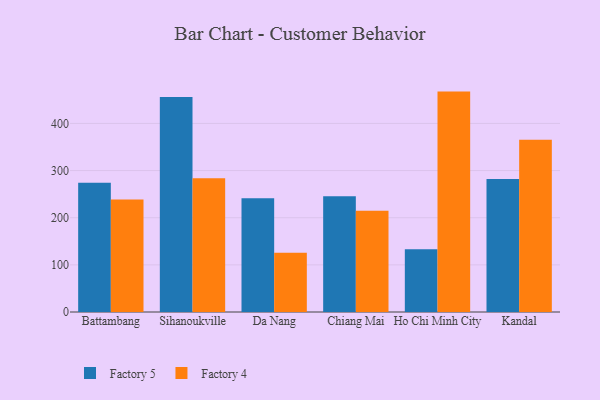
{"axis": {"x": "City", "y": "Production Output"}, "legend": ["Factory 4", "Factory 5"], "data": [{"x": "Battambang", "y": 274.2, "type": "Factory 5"}, {"x": "Battambang", "y": 238.4, "type": "Factory 4"}, {"x": "Sihanoukville", "y": 455.9, "type": "Factory 5"}, {"x": "Sihanoukville", "y": 283.8, "type": "Factory 4"}, {"x": "Da Nang", "y": 241.1, "type": "Factory 5"}, {"x": "Da Nang", "y": 125.5, "type": "Factory 4"}, {"x": "Chiang Mai", "y": 245.3, "type": "Factory 5"}, {"x": "Chiang Mai", "y": 214.7, "type": "Factory 4"}, {"x": "Ho Chi Minh City", "y": 133.1, "type": "Factory 5"}, {"x": "Ho Chi Minh City", "y": 467.5, "type": "Factory 4"}, {"x": "Kandal", "y": 282.3, "type": "Factory 5"}, {"x": "Kandal", "y": 365.2, "type": "Factory 4"}]}